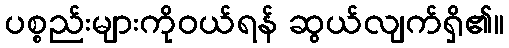
ပစ္စည်းများကိုဝယ်ရန် ဆွယ်လျက်ရှိ၏။